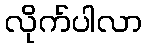
လိုက်ပါလာ